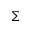
\Sigma